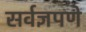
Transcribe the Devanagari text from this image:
सर्वज्ञपणे